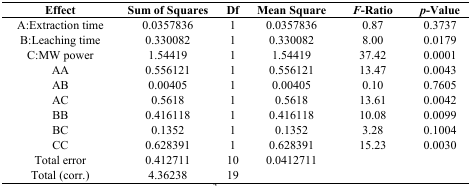
<table><thead><tr><td><b>Effect</b></td><td><b>Sum of Squares</b></td><td><b>Df</b></td><td><b>Mean Square</b></td><td><b><i>F</i>-Ratio</b></td><td><b><i>p</i>-Value</b></td></tr></thead><tbody><tr><td>A:Extraction time</td><td>0.0357836</td><td>1</td><td>0.0357836</td><td>0.87</td><td>0.3737</td></tr><tr><td>B:Leaching time</td><td>0.330082</td><td>1</td><td>0.330082</td><td>8.00</td><td>0.0179</td></tr><tr><td>C:MW power</td><td>1.54419</td><td>1</td><td>1.54419</td><td>37.42</td><td>0.0001</td></tr><tr><td>AA</td><td>0.556121</td><td>1</td><td>0.556121</td><td>13.47</td><td>0.0043</td></tr><tr><td>AB</td><td>0.00405</td><td>1</td><td>0.00405</td><td>0.10</td><td>0.7605</td></tr><tr><td>AC</td><td>0.5618</td><td>1</td><td>0.5618</td><td>13.61</td><td>0.0042</td></tr><tr><td>BB</td><td>0.416118</td><td>1</td><td>0.416118</td><td>10.08</td><td>0.0099</td></tr><tr><td>BC</td><td>0.1352</td><td>1</td><td>0.1352</td><td>3.28</td><td>0.1004</td></tr><tr><td>CC</td><td>0.628391</td><td>1</td><td>0.628391</td><td>15.23</td><td>0.0030</td></tr><tr><td>Total error</td><td>0.412711</td><td>10</td><td>0.0412711</td><td></td><td></td></tr><tr><td>Total (corr.)</td><td>4.36238</td><td>19</td><td></td><td></td><td></td></tr></tbody></table>